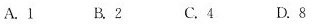
A.1 B.2 C.4 D.8